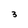
Character: 3